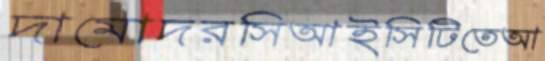
দামোদরসিআইসিটিতেআ